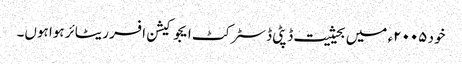
خود ۲۰۰۵ء میں بحیثیت ڈپٹی ڈسٹرکٹ ایجوکیشن افسر ریٹائر ہوا ہوں۔